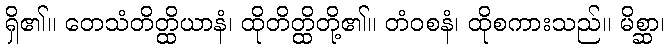
ရှိ၏။ တေသံတိတ္ထိယာနံ၊ ထိုတိတ္ထိတို့၏။ တံဝစနံ၊ ထိုစကားသည်။ မိစ္ဆာ၊